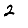
Digit: 2